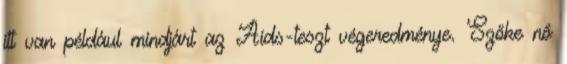
itt van például mindjárt az Aids-teszt végeredménye. Szőke nő